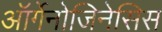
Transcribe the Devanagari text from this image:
ऑर्गेनोजिनेसिस